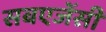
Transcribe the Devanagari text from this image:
सबएजेंसी